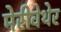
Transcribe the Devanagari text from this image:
मेरीवेथेर